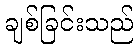
ချစ်ခြင်းသည်